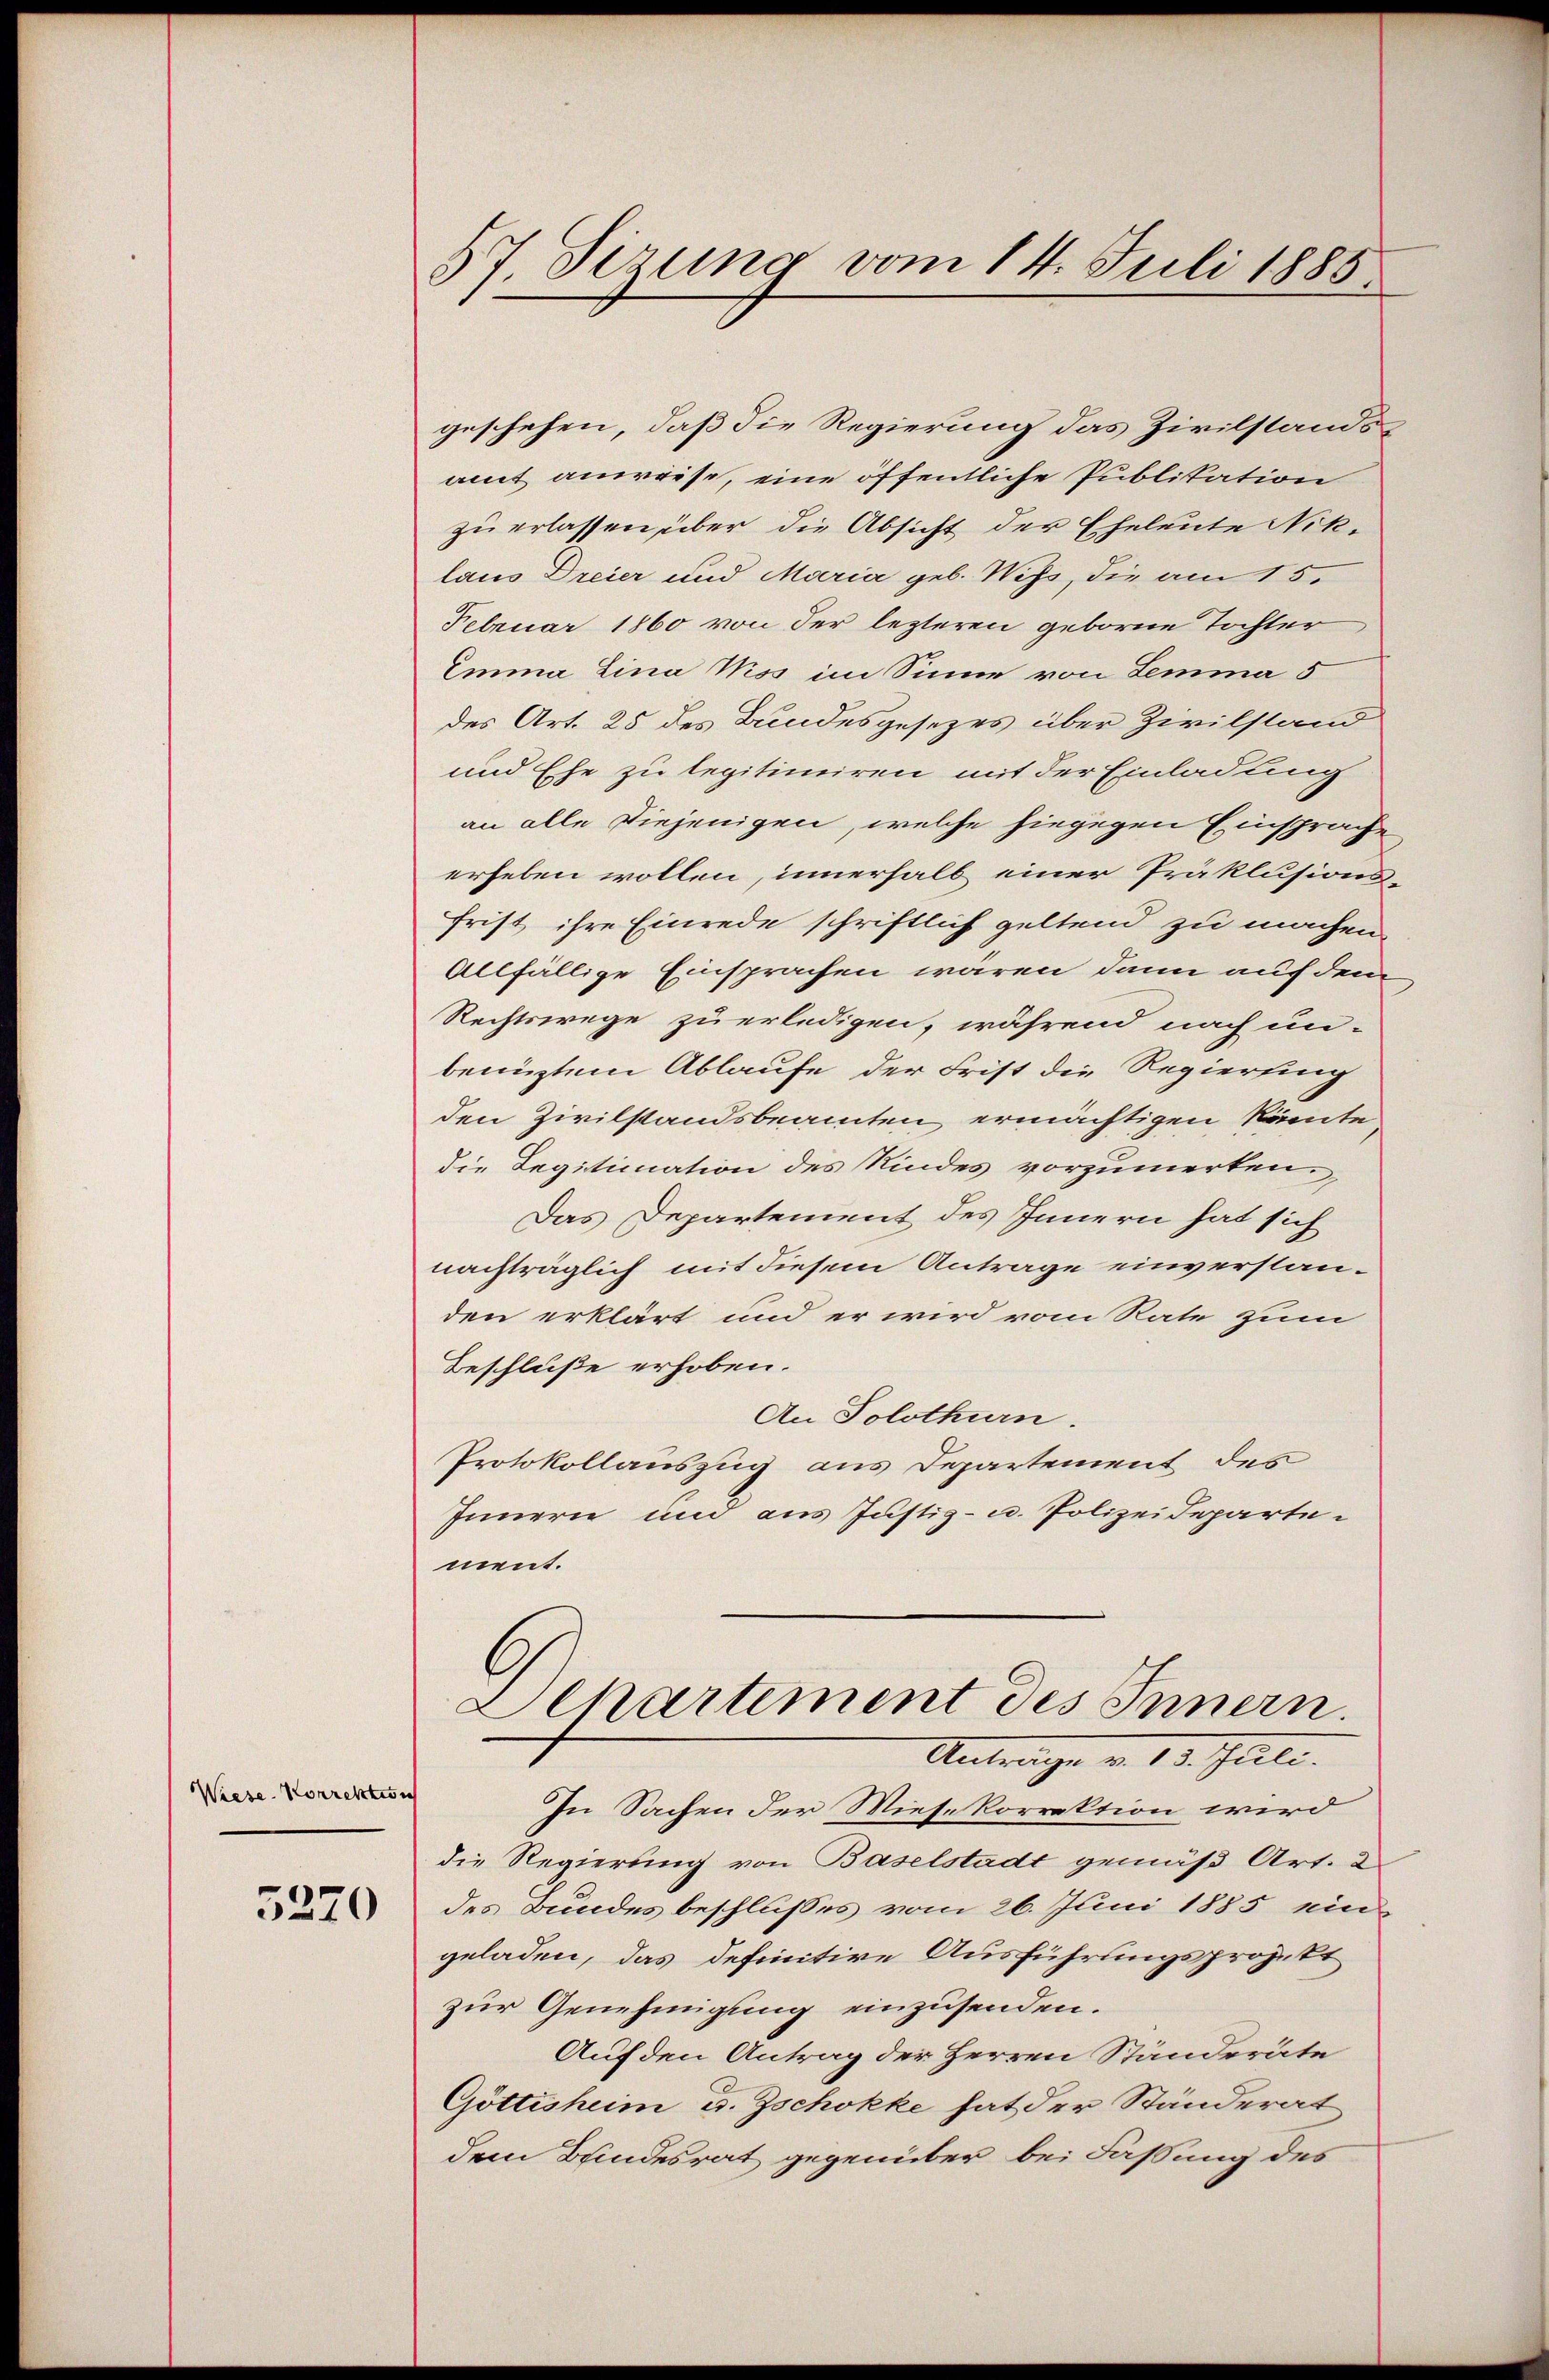
Wiese Korrektion
5270

57. Sizung vom 14. Juli 1885.

geschehen, daß die Regierung das Zivilstandsamt anwiese, eine öffentliche Publikation
zu erlassen über die Absicht der Eheleute Nik-
laus Dreier und Maria geb. Wyss, die am 15.
Februar 1860 von der lezteren geborne Tochter
Emma Lina Miss im Sinne von Lemma 5
des Art. 25 des Bundesgesezes über Zivilstand
und Ehe zu legitimiren mit der Einladung
an alle diejenigen, welche hiegegen Einsprache
erheben wollen, innerhalb einer Präklusionsfrist ihre Einrede schriftlich geltend zu machen
Allfällige Einsprachen wären, dann auf dem
Rechtswege zu erledigen, während nach un-
benüztem Ablaufe der Frist die Regierung
den Zivilstandsbeamten ermächtigen könnte
die Legitimation des Kindes vorzumerken.
Das Departement des Innern hat sich
nachträglich mit diesem Antrage einverstanden erklärt und er wird vom Rate zum
Beschluße erhoben.
An Solothurn.
Protokollauszug aus Departement des
Innern und aus Justiz- u. Polizeidepartement.
Departement des Innern.
Antrage v. 13. Juli.
In Sachen der Wiese korrektion wird
die Regierung von Baselstadt gemäß Art. 2
des Bundes beschlusses vom 26. Juni 1885 ein
geladen, das definitive Ausführungsprojekt
zur Genehmigung einzusenden.
Auf den Antrag der Herren Ständeräte
Göttisheim u. Zschokke hat der Ständerat
dem Bundesrat gegenüber bei Faßung des